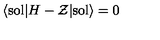
\langle \mathrm { s o l } | H - { \cal Z } | \mathrm { s o l } \rangle = 0